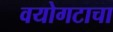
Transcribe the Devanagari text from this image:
वयोगटाचा